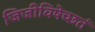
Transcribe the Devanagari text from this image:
जिजीविषेच्छतं